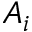
A _ { i }